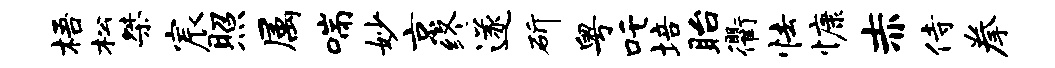
梧松桀宸照属喘妙京终遂斫粤吒培眙衢怯慷赤侍拳